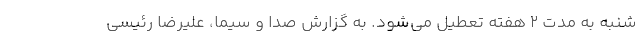
شنبه به مدت ۲ هفته تعطیل می‌شود. به گزارش صدا و سیما، علیرضا رئیسی